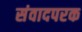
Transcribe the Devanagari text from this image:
संवादपरक